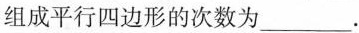
组成平行四边形的次数为___.